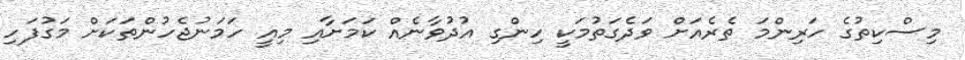
މިސްކިތުގެ ހަރިންމަ ތެރެއަށް ވަދެގަތުމަކީ ހިންގި އުދުވާނެއް ކަމަށާއި މިއީ ހަމަނުޖެހުންތަކަށް މަގުފަހި